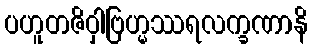
ပဟူတဇိဝှါဗြဟ္မဿရလက္ခဏာနိ